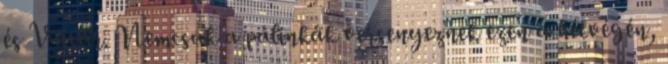
és Vásár. Nemcsak a pálinkák versenyeznek ezen a hétvégén,